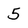
Character: 5